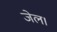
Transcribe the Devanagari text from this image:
जेल।